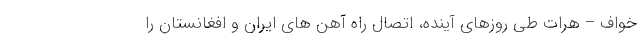
خواف – هرات طی روزهای آینده، اتصال راه آهن های ایران و افغانستان را